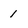
Character: 1